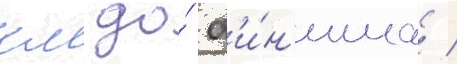
км до́ ф'и́н'иша /